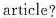
article?